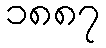
၁၈၈၇